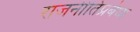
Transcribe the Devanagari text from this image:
राजनीतिप्रबंधा